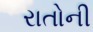
રાતોની